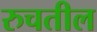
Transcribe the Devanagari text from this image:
रुचतील